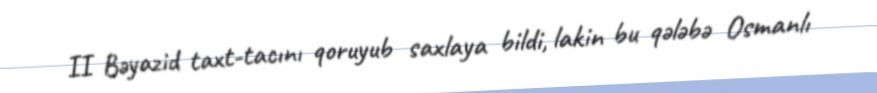
II Bəyazid taxt-tacını qoruyub saxlaya bildi, lakin bu qələbə Osmanlı